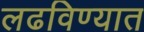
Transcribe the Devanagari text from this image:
लढविण्यात